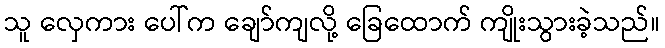
သူ လှေကား ပေါ်က ချော်ကျလို့ ခြေထောက် ကျိုးသွားခဲ့သည်။